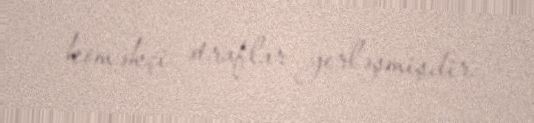
köməkçi ətraflar yerləşmişdir.